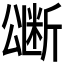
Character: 𭁜